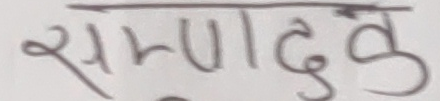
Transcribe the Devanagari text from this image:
सम्पूदक